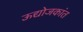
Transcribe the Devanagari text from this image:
ऊद्योजकांत